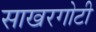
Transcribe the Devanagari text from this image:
साखरगोटी